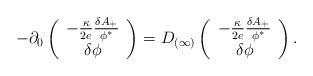
LaTeX: \begin{align*}-\partial_0 \left( \begin{array}{c} -{\kappa\over2e} {\delta A_+\over\phi^*} \\ \delta \phi \end{array} \right)=D_{(\infty)} \left( \begin{array}{c}-{\kappa\over2e} {\delta A_+\over\phi^*} \\ \delta \phi \end{array}\right) .\end{align*}